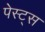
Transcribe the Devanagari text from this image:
पेस्ट्स